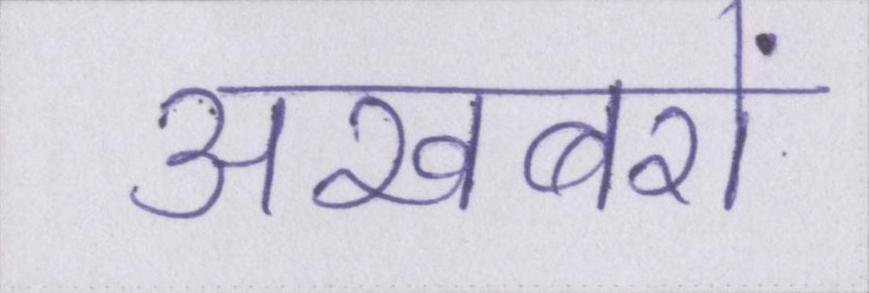
अखबरों